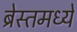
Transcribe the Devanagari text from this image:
ब्रेस्तमध्ये